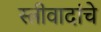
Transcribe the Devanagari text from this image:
स्त्रीवादांचे